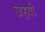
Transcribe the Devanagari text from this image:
ज़हबी